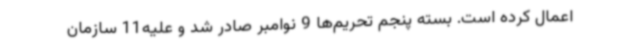
اعمال کرده است. بسته پنجم تحریم‌ها 9 نوامبر صادر شد و علیه11 سازمان